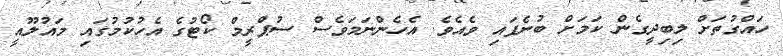
ހައްގުތަށް ލިބިދީގެން ކަމަށް ބުނެފައި ވެއެވެ. އެހެންނަމަވެސް ސުޕްރީމް ކޯޓުގެ އެހުކުމުގައި މައުލޫއީ